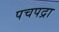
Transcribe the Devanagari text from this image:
पचपद्रा